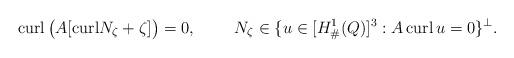
LaTeX: \begin{align*}{\rm curl}\, {\big( A[ {\rm curl} N_\zeta + \zeta]\big)} = 0,\ \ \ \ \ \ \ N_\zeta\in \{ u \in [H^1_{\#}(Q)]^3 : A\,{\rm curl}\,u =0 \}^\perp.\end{align*}